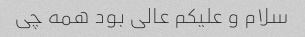
سلام و علیکم عالی بود همه چی